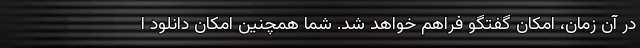
در آن زمان، امکان گفتگو فراهم خواهد شد. شما همچنین امکان دانلود ا